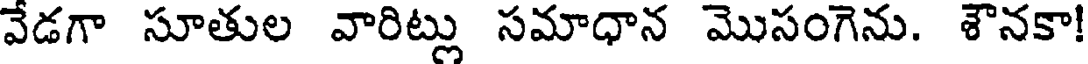
వేడగా సూతుల వారిట్లు సమాధాన మొసంగెను. శౌనకా